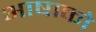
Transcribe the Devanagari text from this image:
भाषाको